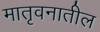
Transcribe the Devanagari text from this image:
मातृवनातील